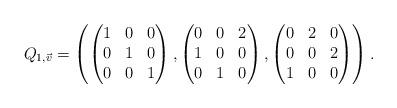
LaTeX: \begin{align*}Q_{1,\vec{v}} =\left( \begin{pmatrix}1&0&0\\0&1&0\\0&0&1\\\end{pmatrix},\begin{pmatrix}0&0&2\\1&0&0\\0&1&0\\\end{pmatrix},\begin{pmatrix}0&2&0\\0&0&2\\1&0&0\end{pmatrix} \right).\end{align*}